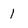
Character: 1